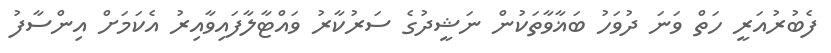
ފެބުރުއަރީ ހަތް ވަނަ ދުވަހު ބަޣާވާތަކުން ނަޝީދުގެ ސަރުކާރު ވައްޓާލާފައިވާއިރު އެކަމަށް އިންސާފު